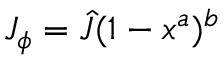
J _ { \phi } = \hat { J } ( 1 - x ^ { a } ) ^ { b }